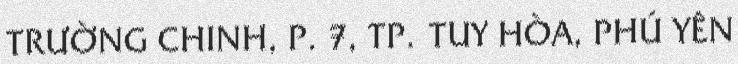
TRƯỜNG CHINH, P. 7, TP. TUY HÒA, PHÚ YÊN